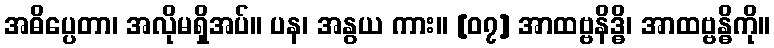
အဓိပ္ပေတာ၊ အလိုမရှိအပ်။ ပန၊ အနွယ ကား။ [၀၇] အာထဗ္ဗနိဒ္ဓိ၊ အာထဗ္ဗန္ဓိကို။